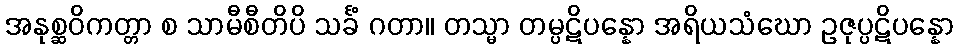
အနုစ္ဆဝိကတ္တာ စ သာမီစီတိပိ သင်္ခံ ဂတာ။ တသ္မာ တမ္ပဋိပန္နော အရိယသံဃော ဥဇုပ္ပဋိပန္နော